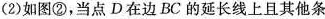
(2)如图②，当点D在边BC的延长线上且其他条